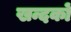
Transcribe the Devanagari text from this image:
खन्दकों